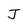
Character: J